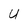
Character: U